Annual administration report of the Civil Veterinary Department, Ajmere-Merwara, British Rajputana - 1914-1940
Year: 1914
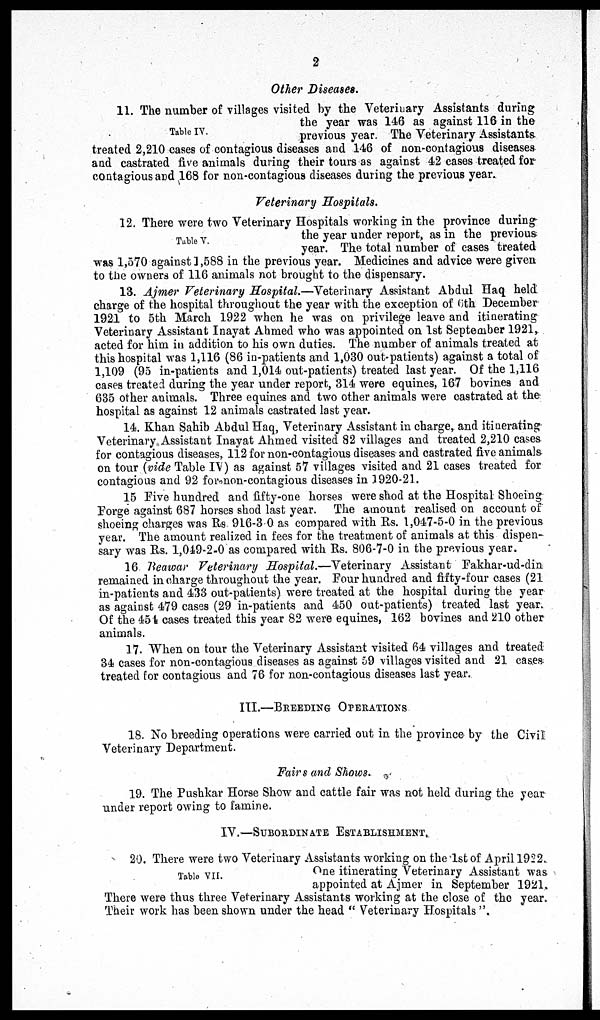
2
Other Diseases.
Table IV.
11. The number of villages visited by the Veterinary Assistants during
the year was 146 as against 116 in the
previous year. The Veterinary Assistants
treated 2,210 cases of contagious diseases and 146 of non-contagious diseases
and castrated five animals during their tours as against 42 cases treated for
contagious and 168 for non-contagious diseases during the previous year.
Veterinary Hospitals.
Table V.
12. There were two Veterinary Hospitals working in the province during
the year under report, as in the previous
year. The total number of cases treated
was 1,570 against 1,588 in the previous year. Medicines and advice were given
to the owners of 116 animals not brought to the dispensary.
13. Ajmer Veterinary Hospital.—Veterinary Assistant Abdul Haq held
charge of the hospital throughout the year with the exception of 6th December
1921 to 5th March 1922 when he was on privilege leave and itinerating
Veterinary Assistant Inayat Ahmed who was appointed on 1st September 1921,
acted for him in addition to his own duties. The number of animals treated at
this hospital was 1,116 (86 in-patients and 1,030 out-patients) against a total of
1,109 (95 in-patients and 1,014 out-patients) treated last year. Of the 1,116
cases treated during the year under report, 314 were equines, 167 bovines and
635 other animals. Three equines and two other animals were castrated at the
hospital as against 12 animals castrated last year.
14. Khan Sahib Abdul Haq, Veterinary Assistant in charge, and itinerating
Veterinary Assistant Inayat Ahmed visited 82 villages and treated 2,210 cases
for contagious diseases, 112 for non-contagious diseases and castrated five animals
on tour (vide Table IV) as against 57 villages visited and 21 cases treated for
contagious and 92 for-non-contagious diseases in 1920-21.
15 Five hundred and fifty-one horses were shod at the Hospital Shoeing
Forge against 687 horses shod last year. The amount realised on account of
shoeing charges was Rs. 916-3.0 as compared with Rs. 1,047-5-0 in the previous
year. The amount realized in fees for the treatment of animals at this dispen-
sary was Rs. 1,049-2-0 as compared with Rs. 806-7-0 in the previous year.
16 Beawar Veterinary Hospital.—Veterinary Assistant Fakhar-ud-din
remained in charge throughout the year. Four hundred and fifty-four cases (21
in-patients and 433 out-patients) were treated at the hospital during the year
as against 479 cases (29 in-patients and 450 out-patients) treated last year.
Of the 454 cases treated this year 82 were equines, 162 bovines and 210 other
animals.
17. When on tour the Veterinary Assistant visited 64 villages and treated
34 cases for non-contagious diseases as against 59 villages visited and 21 cases
treated for contagious and 76 for non-contagious diseases last year.
III.—BREEDING OPERATIONS
18. No breeding operations were carried out in the province by the Civil
Veterinary Department.
Fairs and Shows.
19. The Pushkar Horse Show and cattle fair was not held during the year
under report owing to famine.
IV.—SUBORDIATE ESTABLISHMENT,
Table VII.
20. There were two Veterinary Assistants working on the 1st of April 1922,
One itinerating Veterinary Assistant was
appointed at Ajmer in September 1921.
There were thus three Veterinary Assistants working at the close of the year.
Their work has been shown under the head "Veterinary Hospitals".